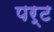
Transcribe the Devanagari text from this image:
पर्ट